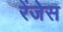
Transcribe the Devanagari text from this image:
रेंजेस